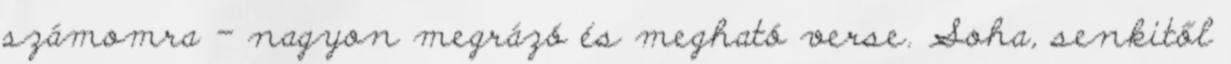
számomra - nagyon megrázó és megható verse. Soha, senkitől